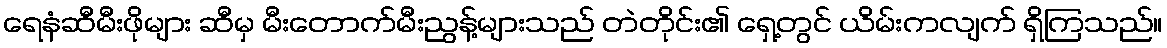
ရေနံဆီမီးဖိုများ ဆီမှ မီးတောက်မီးညွန့်များသည် တဲတိုင်း၏ ရှေ့တွင် ယိမ်းကလျက် ရှိကြသည်။